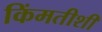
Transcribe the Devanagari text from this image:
किंमतीशी